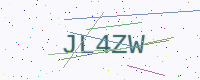
Text: JL4ZW